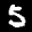
Label: 5